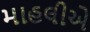
માહલીએ